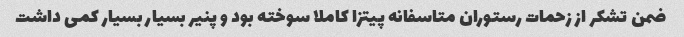
ضمن تشکر از زحمات رستوران متاسفانه پیتزا کاملا سوخته بود و پنیر بسیار بسیار کمی داشت